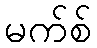
မက်စ်